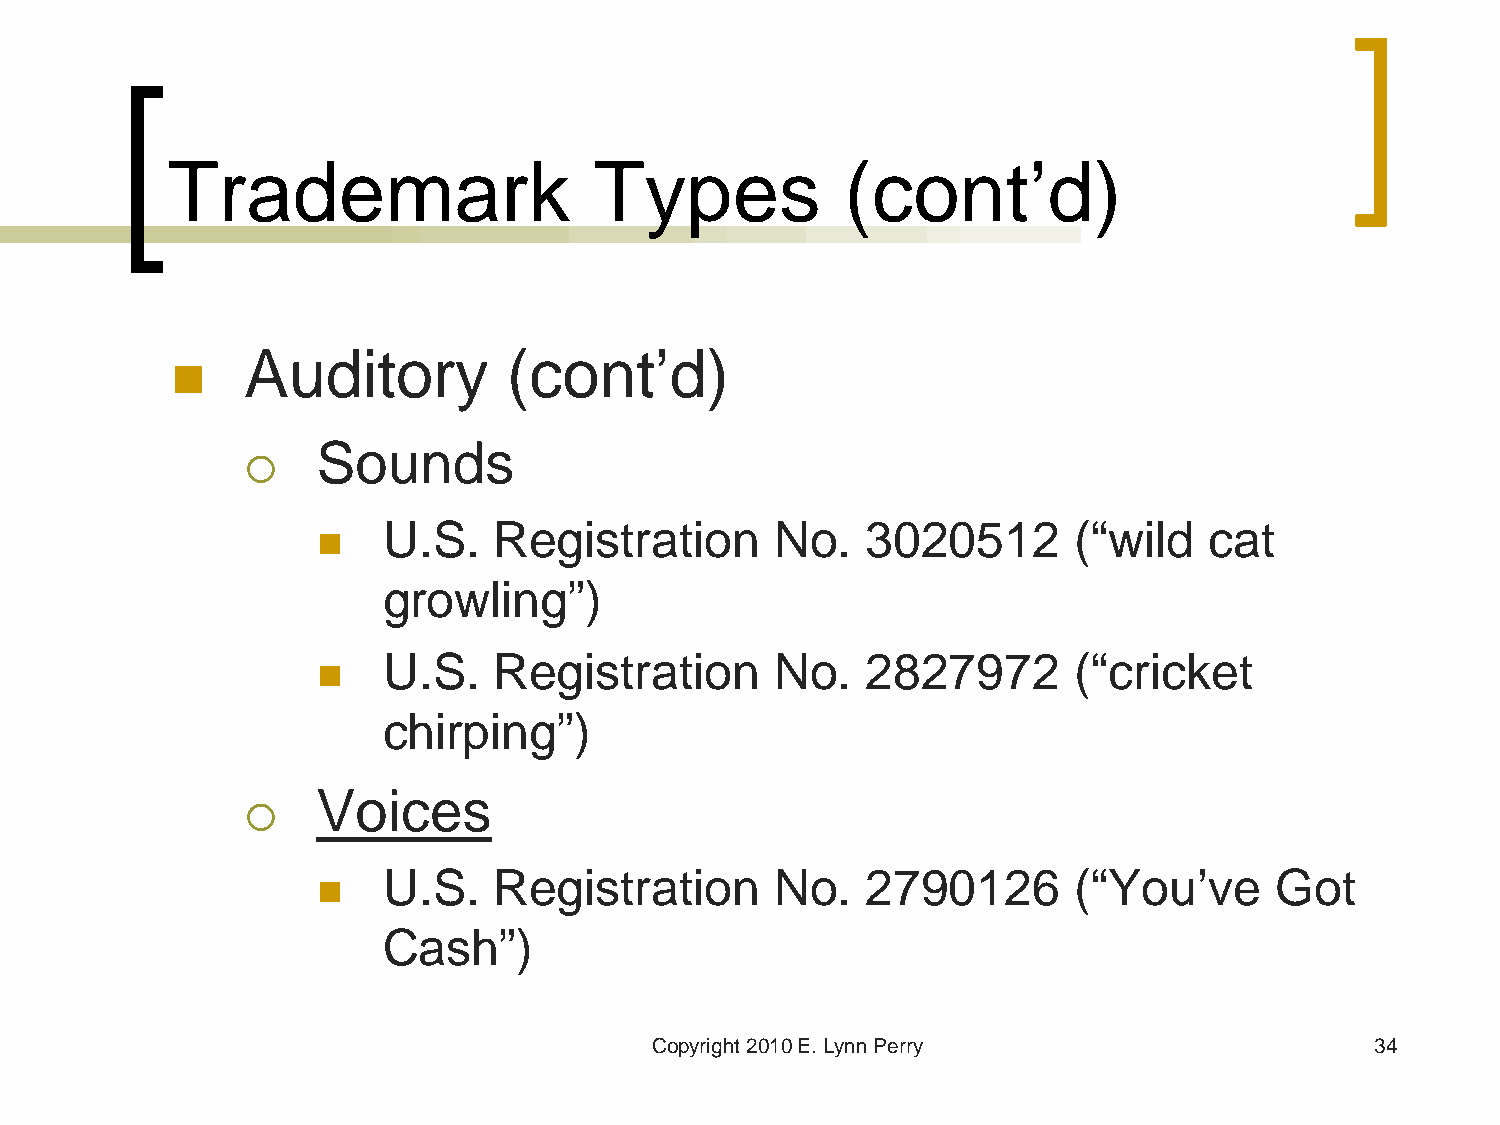
Trademark                   Types            (cont’d)
 Auditory          (cont’d)
 
 Sounds
 
    U.S.    Registration      No.   3020512       (“wild   cat
 growling”)
    U.S.    Registration      No.   2827972       (“cricket
 chirping”)
 Voices
 
    U.S.    Registration      No.   2790126       (“You’ve     Got
 Cash”)
 Copyright 2010 E. Lynn Perry                    34